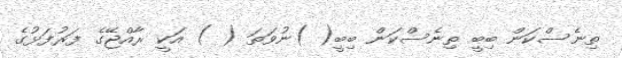
ތިނެސްކަން ބިބީ ތިނެސްކަން ބިބީ( )ނުވަތަ ( ) އަކީ ރާއްޖޭގެ ފަރުފަޅުގެ